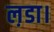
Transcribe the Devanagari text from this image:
ल़डा।